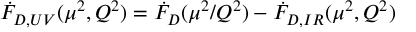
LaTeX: \dot { { \cal F } } _ { D , U V } ( \mu ^ { 2 } , Q ^ { 2 } ) = \dot { { \cal F } } _ { D } ( \mu ^ { 2 } / Q ^ { 2 } ) - \dot { { \cal F } } _ { D , I R } ( \mu ^ { 2 } , Q ^ { 2 } )